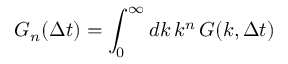
G _ { n } ( \Delta t ) = \int _ { 0 } ^ { \infty } d k \, k ^ { n } \, G ( k , \Delta t )